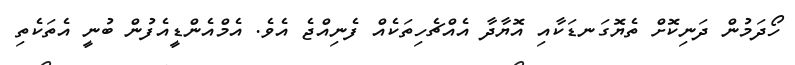
ހޯދަމުން ދަނިކޮށް ތެޔޮގަނޑަކާއި އޮޔާދާ އެއްޗެހިތަކެއް ފެނިއްޖެ އެވެ. އެމްއެންޑީއެފުން ބުނީ އެތަކެތި